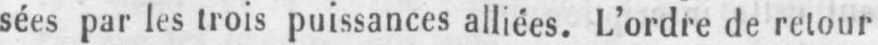
sées par les trois puissances alliées. L’ordre de retour